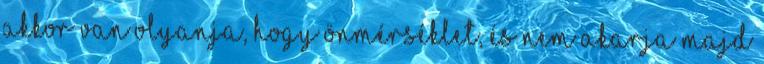
akkor van olyanja, hogy önmérséklet, és nem akarja majd